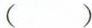
( )